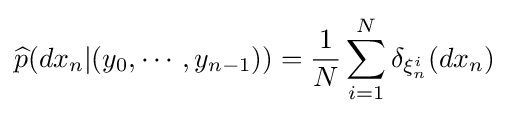
{\widehat {p}}(dx_{n}|(y_{0},\cdots ,y_{n-1}))={\frac {1}{N}}\sum _{i=1}^{N}\delta _{\xi _{n}^{i}}(dx_{n})